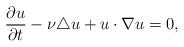
LaTeX: \begin{align*} \frac{\partial u}{\partial t} - \nu \triangle u + u \cdot \nabla u =0,\end{align*}